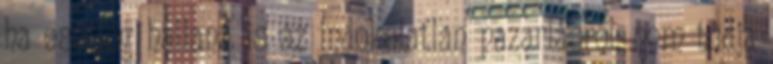
ha esetleg hallana is az indokolatlan pazarlásról, nem tudja